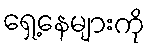
ရှေ့နေများကို